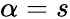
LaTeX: \alpha=s